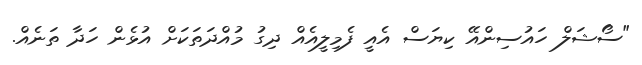
"ސޯޝަލް ހައުސިންއޭ ކިޔަސް އެއީ ފެމިލީއެއް ދިގު މުއްދަތަކަށް އުޅެން ހަދާ ތަނެއް.